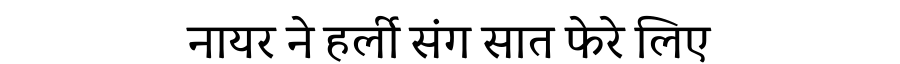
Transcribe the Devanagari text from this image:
नायर ने हर्ली संग सात फेरे लिए